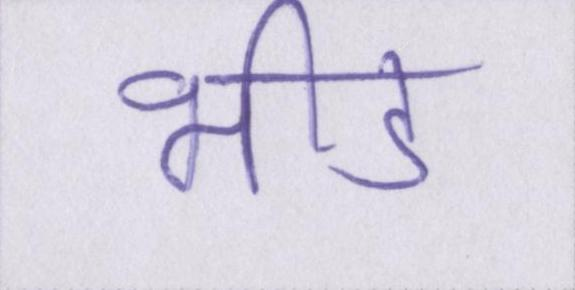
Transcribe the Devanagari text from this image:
भीड